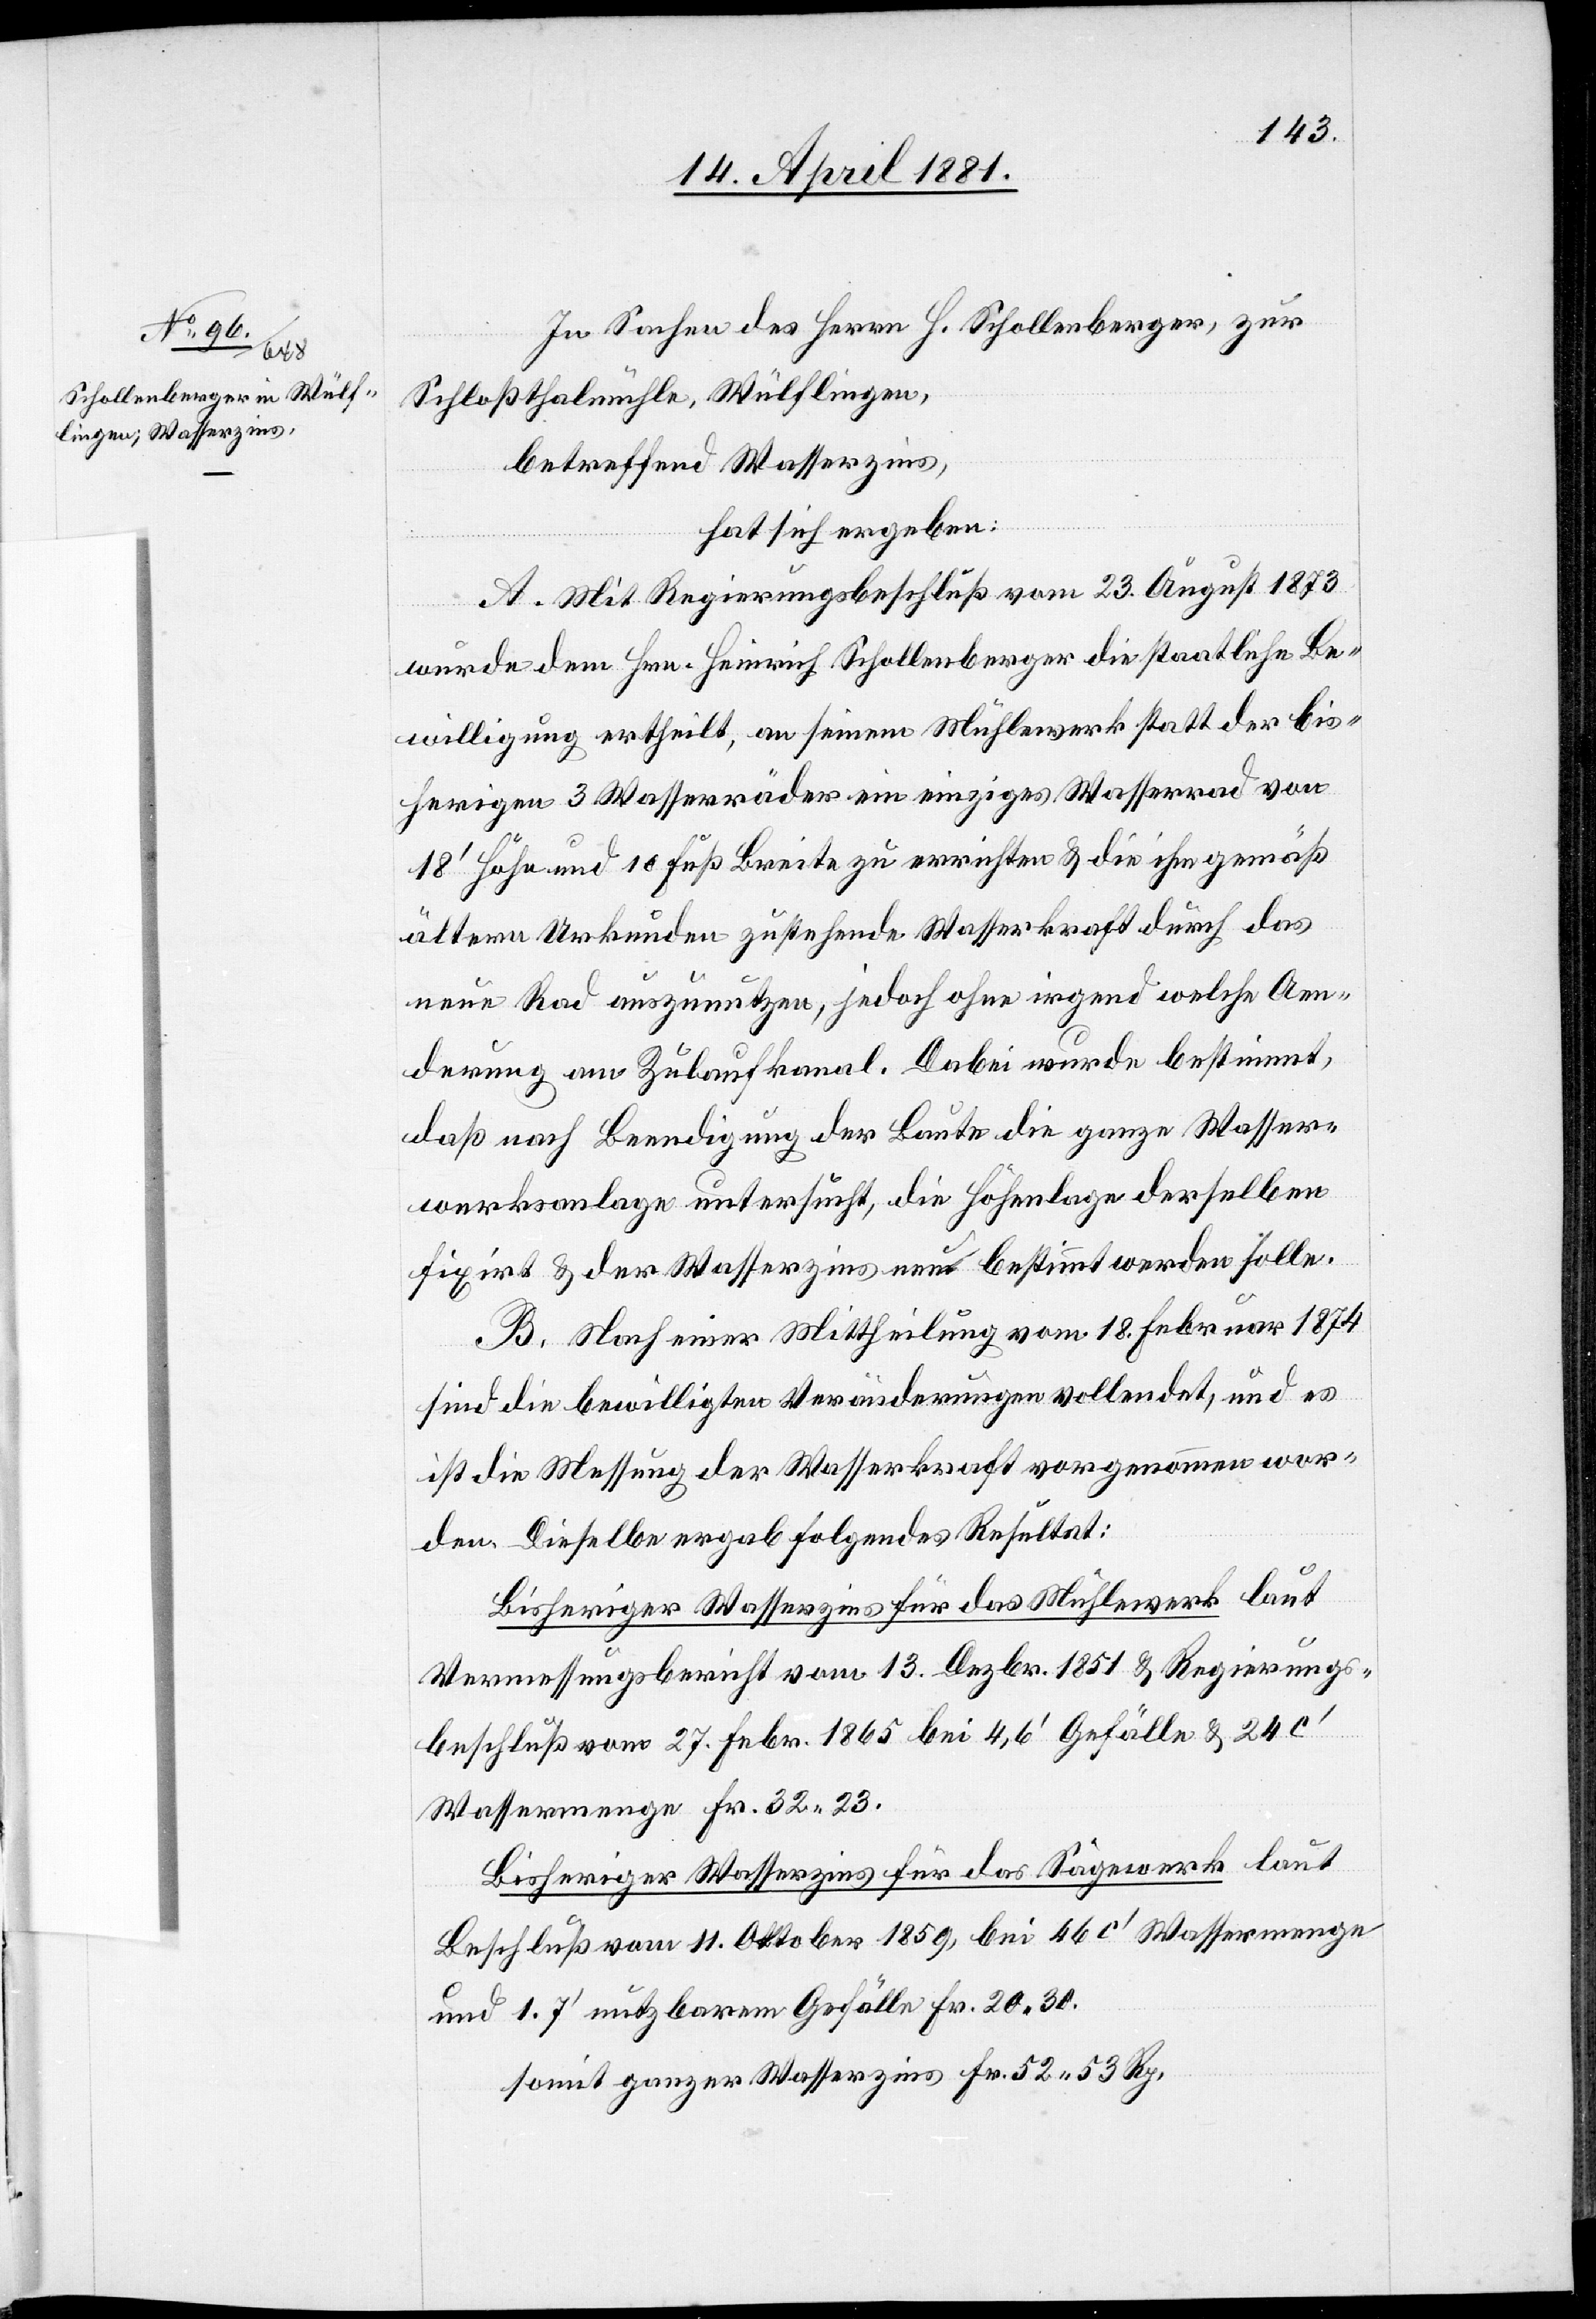
In Sachen des Herrn H. Schollenberger, zur
Schloßthalmühle, Wülflingen,
betreffend Wasserzins,
hat sich ergeben:
A. Mit Regierungsrathsbeschluß vom 23. August 1873
wurde dem Hrn. Heinrich Schollenberger die staatliche Be¬
willigung ertheilt, an seinem Mühlewerk statt der bis¬
herigen 3 Wasserräder ein einziges Wasserrad von
18‘ Höhe und 10 Fuß Breite zu errichten & die ihm gemäß
ältern Urkunden zustehende Wasserkraft durch das
neue Rad auszunutzen, jedoch ohne irgend welche Aen¬
derung am Zulaufkanal. Dabei wurde bestimmt,
daß nach Beendigung der Baute die ganze Wasser¬
werksanlage untersucht, die Höhenlage derselben
fixirt & der Wasserzins neu bestimmt werden solle.
B. Nach einer Mittheilung vom 18. Februar 1874
sind die bewilligten Veränderungen vollendet, und es
ist die Messung der Wasserkraft vorgenommen wor¬
den. Dieselbe ergab folgendes Resultat:
Bisheriger Wasserzins für das Mühlewerk laut
Vermessungsbericht vom 13. Dezbr. 1851 & Regierungs¬
beschluß vom 27. Febr. 1865 bei 4,6‘ Gefälle & 24 c‘
Wassermenge Fr. 32.23.
Bisheriger Wasserzins für das Sägewerk laut
Beschluß vom 11. Oktober 1859, bei 46 c‘ Wassermenge
und 1.7‘ nutzbarem Gefälle Fr. 20.30.
Somit ganzer Wasserzins Fr. 52.53 Rp.